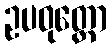
ဥပဝုတ္ထော